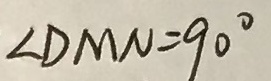
\angle D M N = 9 0 ^ { \circ }